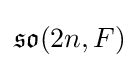
{\mathfrak {so}}(2n,F)